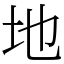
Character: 地